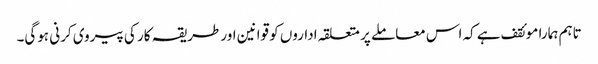
تاہم ہمارا موئقف ہے کہ اس معاملے پر متعلقہ اداروں کو قوانین اور طریقہ کار کی پیروی کرنی ہوگی۔